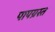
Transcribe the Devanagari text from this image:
पापग्रस्त